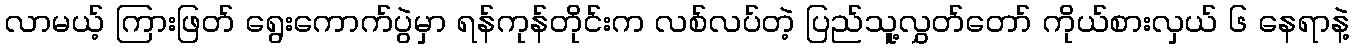
လာမယ့် ကြားဖြတ် ရွေးကောက်ပွဲမှာ ရန်ကုန်တိုင်းက လစ်လပ်တဲ့ ပြည်သူ့လွှတ်တော် ကိုယ်စားလှယ် ၆ နေရာနဲ့